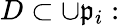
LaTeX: D\subset\cup{\mathfrak{p}}_{i}: